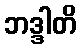
ဘဒ္ဒါတိ